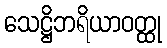
သေဋ္ဌိဘရိယာဝတ္ထု